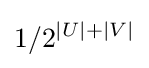
1/2^{|U|+|V|}